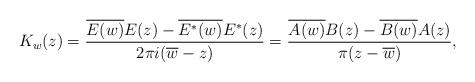
LaTeX: \begin{align*}K_w(z)=\frac{\overline{E(w)} E(z) - \overline{E^*(w)} E^*(z)}{2\pi i(\overline w-z)} =\frac{\overline{A(w)} B(z) -\overline{B(w)}A(z)}{\pi(z-\overline w)},\end{align*}